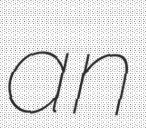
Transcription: an